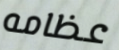
عظامه